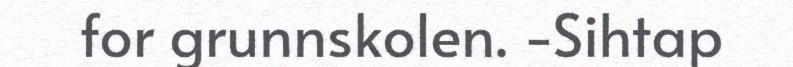
for grunnskolen. -Sihtap